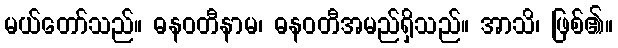
မယ်တော်သည်။ ဓနဝတီနာမ၊ ဓနဝတီအမည်ရှိသည်။ အာသိ၊ ဖြစ်၏။